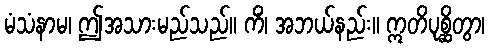
မံသံနာမ၊ ဤအသားမည်သည်။ ကိံ၊ အဘယ်နည်း။ ဣတိပုစ္ဆိတွာ၊